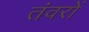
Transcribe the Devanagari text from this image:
तंवरों